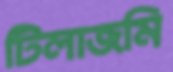
টিলাজমি